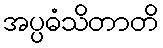
အပ္ပဓံသိတာတိ